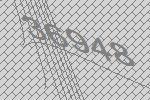
36948